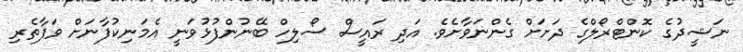
ނަޝީދުގެ ކޮންޓްރޯލްގެ ދަށަށް ގެންނަވާށެވެ. އަދި ރައީސް ސޯލިހް ބޭނުންފުޅުވަނީ އެމަނިކުފާނަށް ވަފާތެރި